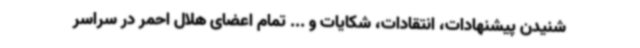
شنیدن پیشنهادات، انتقادات، شکایات و ... تمام اعضای هلال احمر در سراسر